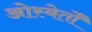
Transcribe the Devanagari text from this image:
ओस्बेर्तों